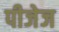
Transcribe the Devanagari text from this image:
पीजेज